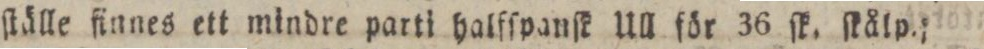
ſtälle finnes ett mindre parti haifſpanſk Ull för 36 ſk. ſkålp.